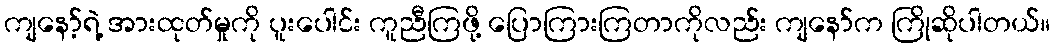
ကျနော့်ရဲ့ အားထုတ်မှုကို ပူးပေါင်း ကူညီကြဖို့ ပြောကြားကြတာကိုလည်း ကျနော်က ကြိုဆိုပါတယ်။